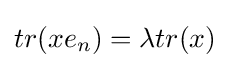
tr(xe_{n})=\lambda tr(x)